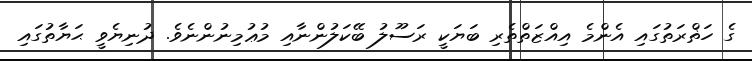
ގެ ހަޡްރަތުގައި އެންމެ އިއްޒަތްތެރި ބަޔަކީ ރަސޫލު ބޭކަލުންނާއި މުޢުމިނުންނެވެ. ދުނިޔެވީ ޙަޔާތުގައި